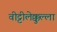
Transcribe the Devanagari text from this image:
वीट्टीलेक्कुल्ला